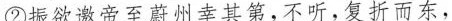
②振欲邀帝至蔚州幸其第，不听，复折而东，